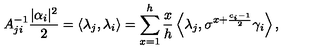
A _ { j i } ^ { - 1 } \frac { | \alpha _ { i } | ^ { 2 } } { 2 } = \left\langle \lambda _ { j } , \lambda _ { i } \right\rangle = \sum _ { x = 1 } ^ { h } \frac { x } { h } \left\langle \lambda _ { j } , \sigma ^ { x + \frac { c _ { i } - 1 } { 2 } } \gamma _ { i } \right\rangle ,